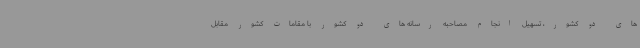
های دو کشور، تسهیل انجام مصاحبه رسانه های دو کشور با مقامات کشور مقابل